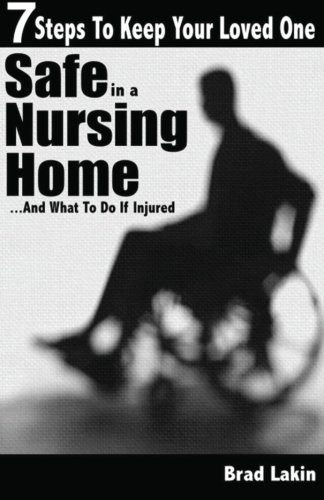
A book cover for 7 Steps To Keep Your Loved One Safe In A Nursing Home ...: And What To Do If Injured (Volume 1); Brad Lakin; Law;